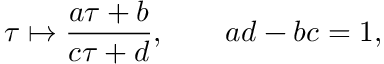
\tau \mapsto { \frac { a \tau + b } { c \tau + d } } , \qquad a d - b c = 1 ,